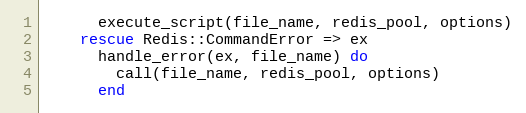
Language: Ruby
      execute_script(file_name, redis_pool, options)
    rescue Redis::CommandError => ex
      handle_error(ex, file_name) do
        call(file_name, redis_pool, options)
      end